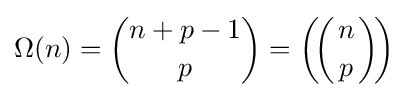
\Omega (n)={\binom {n+p-1}{p}}=\left(\!\left({n \atop p}\right)\!\right)